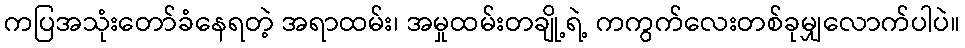
ကပြအသုံးတော်ခံနေရတဲ့ အရာထမ်း၊ အမှုထမ်းတချို့ရဲ့ ကကွက်လေးတစ်ခုမျှလောက်ပါပဲ။